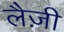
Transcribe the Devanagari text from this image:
लैज़ी